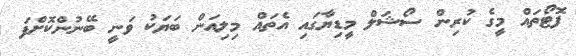
ފޮޓޯތައް މީގެ ކުރިން ސޯޝަލް މީޑިޔާގައި އެތައް މިލިއަން ބަޔަކު ވަނީ ބޭނުންކޮށްފަ